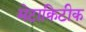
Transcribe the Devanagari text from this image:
मेटाक्रिटीक